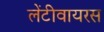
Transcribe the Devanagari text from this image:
लेंटीवायरस